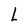
Character: L